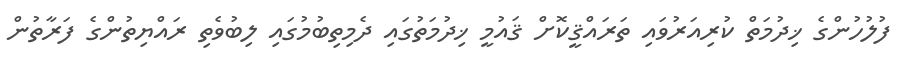
ފުލުހުންގެ ޚިދުމަތް ކުރިއަރުވައި ތަރައްޤީކޮށް ޤައުމީ ޚިދުމަތުގައި ދެމިތިބުމުގައި ލިބުވެތި ރައްޔިތުންގެ ފަރާތުން